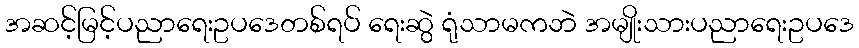
အဆင့်မြင့်ပညာရေးဥပဒေတစ်ရပ် ရေးဆွဲ ရုံသာမကဘဲ အမျိုးသားပညာရေးဥပဒေ